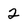
Character: 2